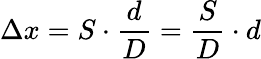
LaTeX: \Delta x=S\cdot{\frac{d}{D}}={\frac{S}{D}}\cdot d